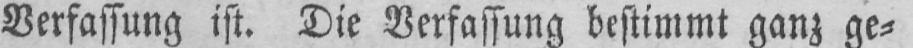
Verfassung ist. Die Verfassung bestimmt ganz ge⸗